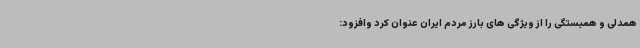
همدلی و همبستگی را از ویژگی های بارز مردم ایران عنوان کرد وافزود: